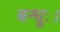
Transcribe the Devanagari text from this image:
बन्धुः।